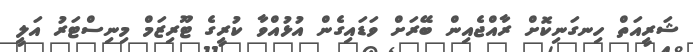
ޝަރީއަތް ހިނގަނިކޮށް ރާއްޖެއިން ބޭރަށް ވަޑައިގެން އުޅުއްވާ ކުރީގެ ޓޫރިޒަމް މިނިސްޓަރު އަލީ